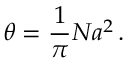
\theta = \frac { 1 } { \pi } N a ^ { 2 } \, .